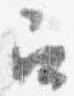
召